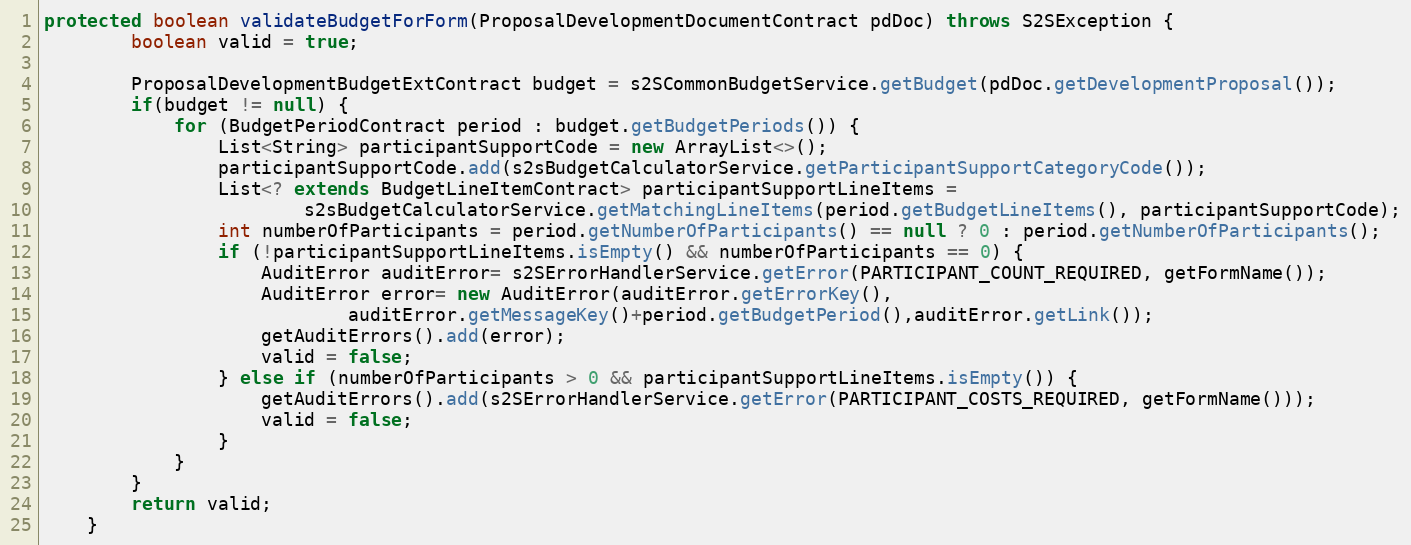
Language: Java
protected boolean validateBudgetForForm(ProposalDevelopmentDocumentContract pdDoc) throws S2SException {
        boolean valid = true;

        ProposalDevelopmentBudgetExtContract budget = s2SCommonBudgetService.getBudget(pdDoc.getDevelopmentProposal());
        if(budget != null) {
            for (BudgetPeriodContract period : budget.getBudgetPeriods()) {
                List<String> participantSupportCode = new ArrayList<>();
                participantSupportCode.add(s2sBudgetCalculatorService.getParticipantSupportCategoryCode());
                List<? extends BudgetLineItemContract> participantSupportLineItems =
                        s2sBudgetCalculatorService.getMatchingLineItems(period.getBudgetLineItems(), participantSupportCode);
                int numberOfParticipants = period.getNumberOfParticipants() == null ? 0 : period.getNumberOfParticipants();
                if (!participantSupportLineItems.isEmpty() && numberOfParticipants == 0) {
                    AuditError auditError= s2SErrorHandlerService.getError(PARTICIPANT_COUNT_REQUIRED, getFormName());
                    AuditError error= new AuditError(auditError.getErrorKey(),
                            auditError.getMessageKey()+period.getBudgetPeriod(),auditError.getLink());
                    getAuditErrors().add(error);
                    valid = false;
                } else if (numberOfParticipants > 0 && participantSupportLineItems.isEmpty()) {
                    getAuditErrors().add(s2SErrorHandlerService.getError(PARTICIPANT_COSTS_REQUIRED, getFormName()));
                    valid = false;
                }
            }
        }
        return valid;
    }